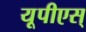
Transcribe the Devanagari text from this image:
यूपीएस्